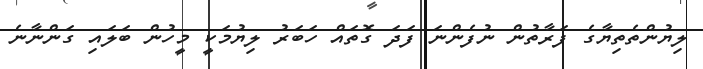
ލިޔުންތެތިޔާގެ ފަރާތުން ނުފެންނަ ފަދަ ގޮތައް ހަބަރު ލިޔުމަކީ މީހުން ބަލައި ގަންނާނެ